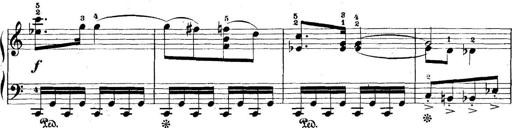
Title: 5 Sonatinas
Composer: Theodor Kirchner